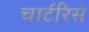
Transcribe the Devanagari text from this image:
चार्टरिस